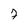
Character: 7